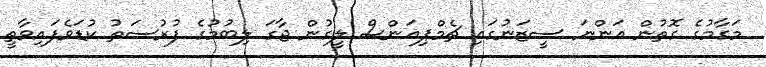
މަގާމުގެ ގޮތުން އަންނަ ސީޒަނުގައި ޗެމްޕިއަންސް ލީގުން ޖާގަ ލިބުމުގެ ފުރުސަތު ކުޑަވެފައިވާތީ